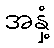
အနှံ့